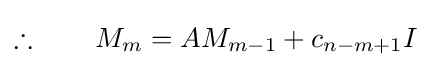
\therefore \qquad M_{m}=AM_{m-1}+c_{n-m+1}I~